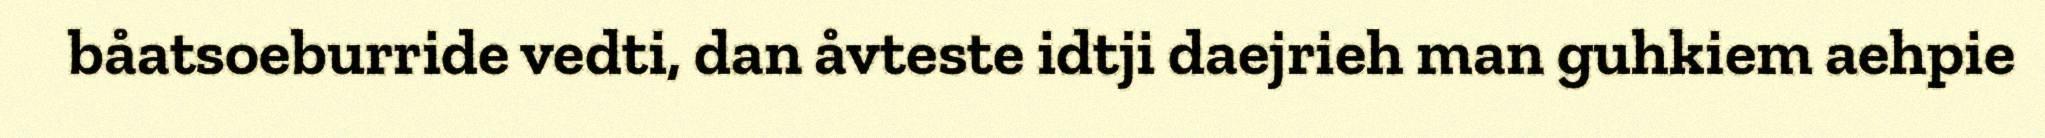
båatsoeburride vedti, dan åvteste idtji daejrieh man guhkiem aehpie